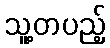
သူ့တပည့်